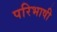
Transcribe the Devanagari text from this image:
परिभाषी